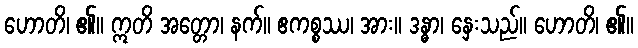
ဟောတိ၊ ၏။ ဣတိ အတ္တော၊ နက်။ ဧကစ္စဿ၊ အား။ ဒန္ဓာ၊ နှေးသည်။ ဟောတိ၊ ၏။